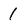
Character: 1